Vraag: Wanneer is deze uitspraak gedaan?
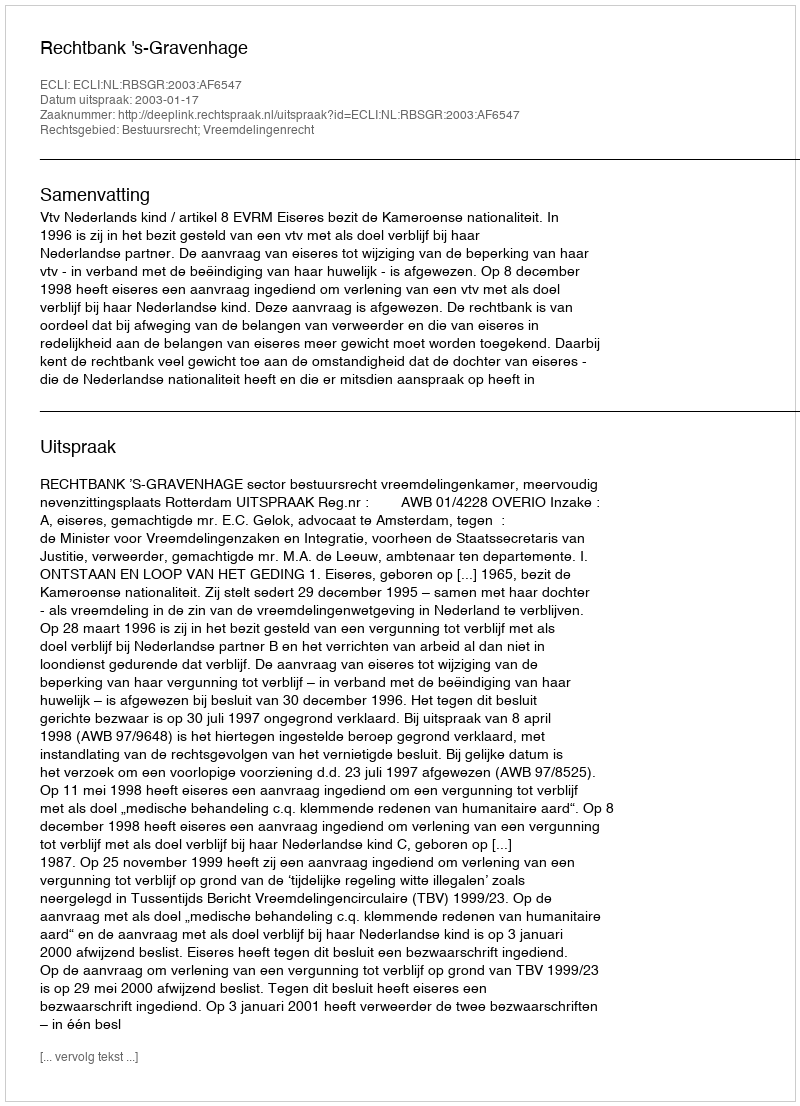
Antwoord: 2003-01-17